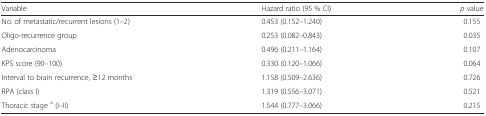
<table><thead><tr><td><b>Variable</b></td><td><b>Hazard ratio (95 % Cl)</b></td><td><b><i>p</i> value</b></td></tr></thead><tbody><tr><td>No. of metastatic/recurrent lesions (1–2)</td><td>0.453 (0.152–1.240)</td><td>0.155</td></tr><tr><td>Oligo-recurrence group</td><td>0.253 (0.082–0.843)</td><td>0.035</td></tr><tr><td>Adenocarcinoma</td><td>0.496 (0.211–1.164)</td><td>0.107</td></tr><tr><td>KPS score (90–100)</td><td>0.330 (0.120–1.066)</td><td>0.064</td></tr><tr><td>Interval to brain recurrence, ≥12 months</td><td>1.158 (0.509–2.636)</td><td>0.726</td></tr><tr><td>RPA (class I)</td><td>1.319 (0.556–3.071)</td><td>0.521</td></tr><tr><td>Thoracic stage <sup>a</sup> (I–II)</td><td>1.544 (0.777–3.066)</td><td>0.215</td></tr></tbody></table>